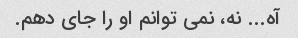
آه... نه، نمی توانم او را جای دهم.